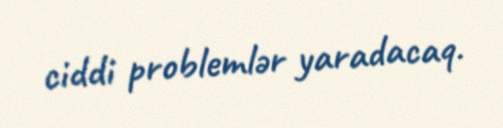
ciddi problemlər yaradacaq.